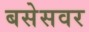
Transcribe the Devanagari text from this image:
बसेसवर